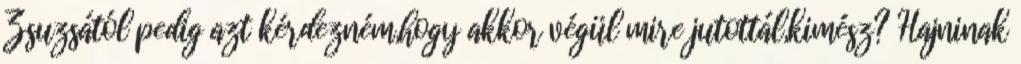
Zsuzsától pedig azt kérdezném,hogy akkor végül mire jutottál,kimész? Hajninak